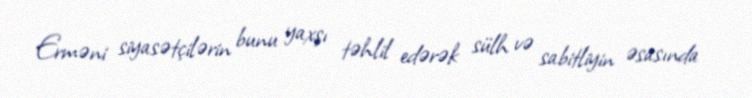
Erməni siyasətçilərin bunu yaxşı təhlil edərək sülh və sabitliyin əsasında